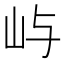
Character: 屿